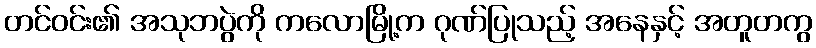
တင်ဝင်း၏ အသုဘပွဲကို ကလောမြို့က ဂုဏ်ပြုသည့် အနေနှင့် အတူတကွ